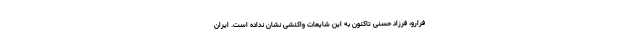
فرارو، فرزاد حسنی تاکنون به این شایعات واکنشی نشان نداده است. ایران